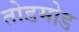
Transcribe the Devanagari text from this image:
तोडमोड